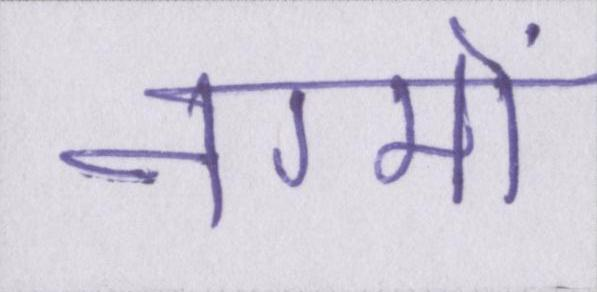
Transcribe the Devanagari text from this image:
नग्मों